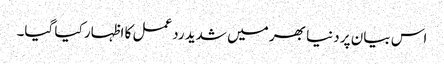
اس بیان پر دنیا بھر میں شدید ردعمل کا اظہار کیا گیا۔